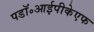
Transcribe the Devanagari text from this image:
पडॉ॰आईपीकेएफ